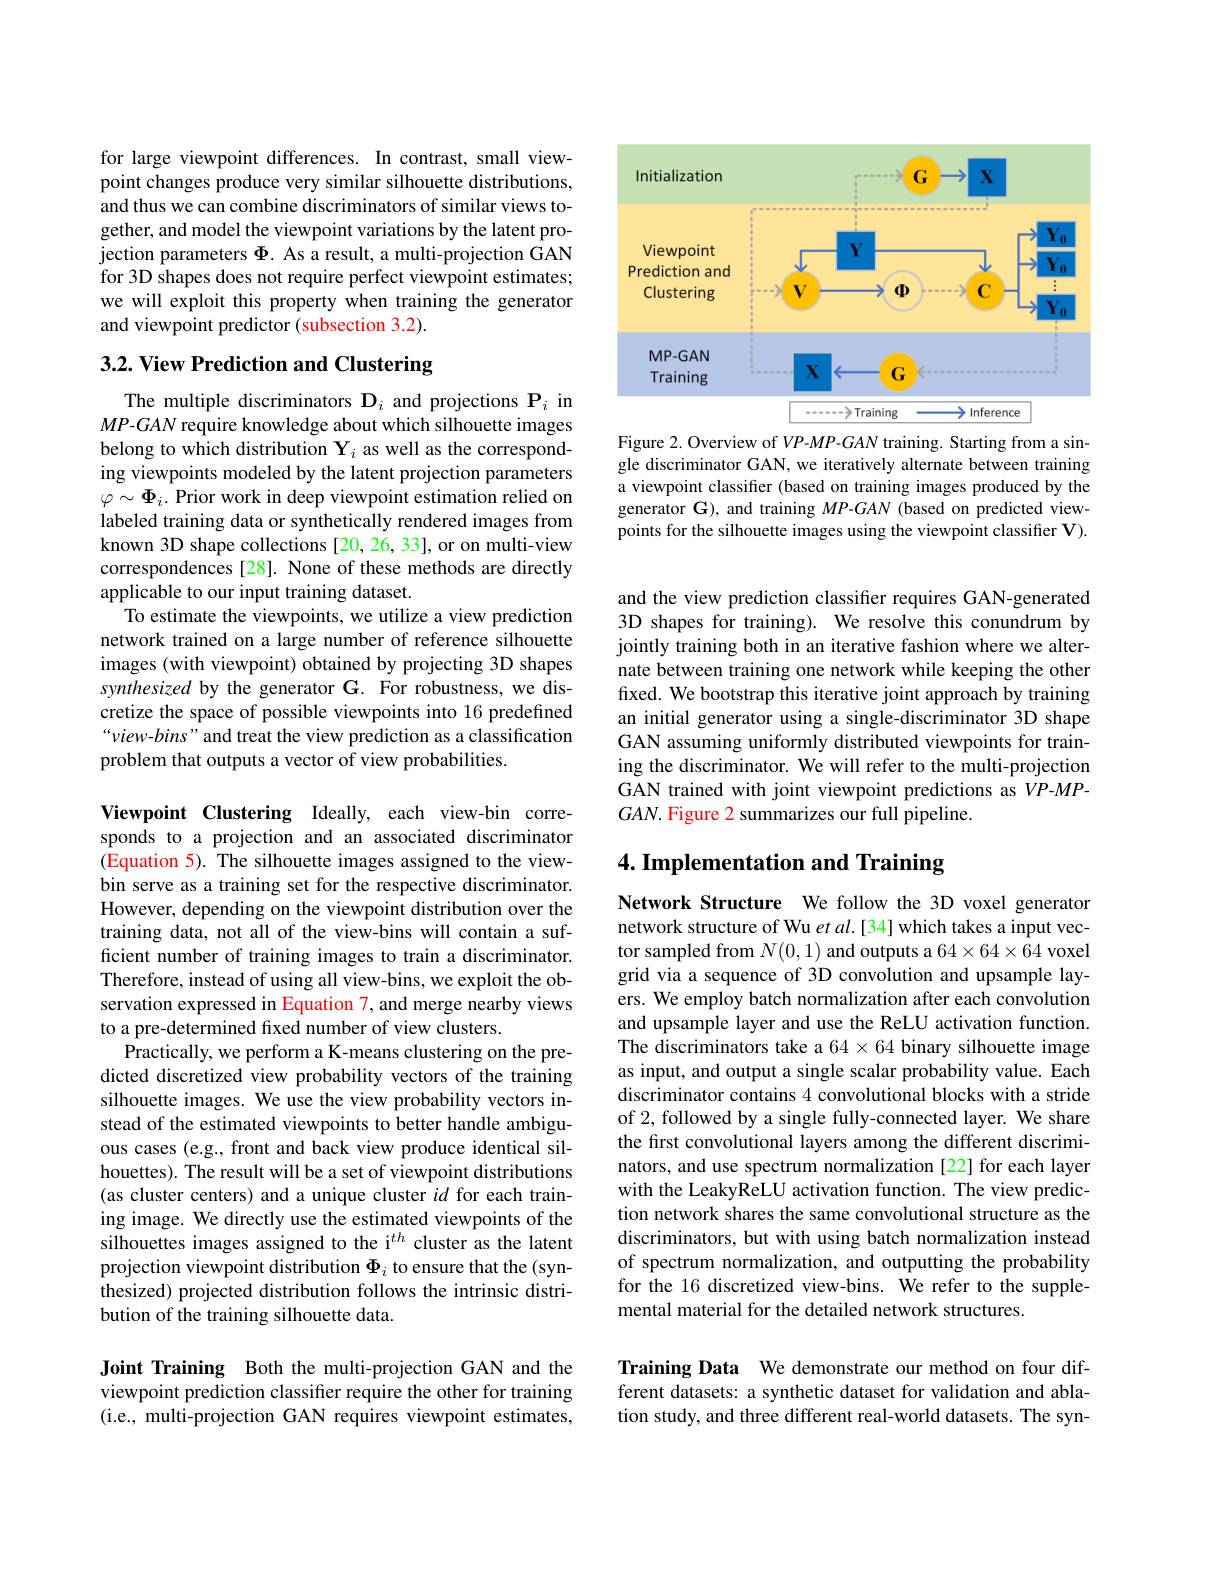
for large viewpoint differences. In contrast, small viewpoint changes produce very similar silhouette distributions, and thus we can combine discriminators of similar views together, and model the viewpoint variations by the latent projection parameters $\Phi$. As a result, a multi-projection GAN for 3D shapes does not require perfect viewpoint estimates; we will exploit this property when training the generator and viewpoint predictor (subsection 3.2).

## 3.2. View Prediction and Clustering

The multiple discriminators $\mathbf{D}_i$ and projections $\mathbf{P}_i$ in $MP$-GAN require knowledge about which silhouette images belong to which distribution $\mathbf{Y}_i$ as well as the corresponding viewpoints modeled by the latent projection parameters $\varphi\sim\Phi_{i}.$ Prior work in deep viewpoint estimation relied on labeled training data or synthetically rendered images from known 3D shape collections [20,26,33], or on multi-view correspondences [28]. None of these methods are directly applicable to our input training dataset.
To estimate the viewpoints, we utilize a view prediction network trained on a large number of reference silhouette images (with viewpoint) obtained by projecting 3D shapes synthesized by the generator G. For robustness, we discretize the space of possible viewpoints into 16 predefined “view-bins”and treat the view prediction as a classification problem that outputs a vector of view probabilities.

Viewpoint Clustering Ideally, each view-bin corresponds to a projection and an associated discriminator (Equation 5). The silhouette images assigned to the viewbin serve as a training set for the respective discriminator. However, depending on the viewpoint distribution over the training data, not all of the view-bins will contain a sufficient number of training images to train a discriminator. Therefore, instead of using all view-bins, we exploit the observation expressed in Equation 7, and merge nearby views to a pre-determined fixed number of view clusters.
Practically, we perform a K-means clustering on the predicted discretized view probability vectors of the training silhouette images. We use the view probability vectors instead of the estimated viewpoints to better handle ambiguous cases (e.g., front and back view produce identical silhouettes). The result will be a set of viewpoint distributions (as cluster centers) and a unique cluster $id$ for each training image. We directly use the estimated viewpoints of the silhouettes images assigned to the i$^{th}$ cluster as the latent projection viewpoint distribution $\Phi_i$ to ensure that the (synthesized) projected distribution follows the intrinsic distribution of the training silhouette data.

Joint Training Both the multi-projection GAN and the viewpoint prediction classifier require the other for training (i.e., multi-projection GAN requires viewpoint estimates,

<FigureHere>

Figure 2. Overview of VP-MP-GAN training. Starting from a single discriminator GAN, we iteratively alternate between training a viewpoint classifier (based on training images produced by the generator G), and training $MP$-$GAN$ (based on predicted viewpoints for the silhouette images using the viewpoint classifier V).

and the view prediction classifier requires GAN-generated 3D shapes for training). We resolve this conundrum by jointly training both in an iterative fashion where we alternate between training one network while keeping the other fixed. We bootstrap this iterative joint approach by training an initial generator using a single-discriminator 3D shape GAN assuming uniformly distributed viewpoints for training the discriminator. We will refer to the multi-projection GAN trained with joint viewpoint predictions as VP-MP- $GAN.$ Figure 2 summarizes our full pipeline.

# 4. Implementation and Training

Network Structure We follow the 3D voxel generator network structure of Wu et al.[34] which takes a input vector sampled from $N(0,1)$ and outputs a $64\times64\times64$ voxel grid via a sequence of 3D convolution and upsample layers. We employ batch normalization after each convolution and upsample layer and use the ReLU activation function. The discriminators take a 64 $\times64$ binary silhouette image as input, and output a single scalar probability value. Each discriminator contains 4 convolutional blocks with a stride of 2, followed by a single fully-connected layer. We share the first convolutional layers among the different discriminators, and use spectrum normalization [22] for each layer with the LeakyReLU activation function. The view prediction network shares the same convolutional structure as the discriminators, but with using batch normalization instead of spectrum normalization, and outputting the probability for the 16 discretized view-bins. We refer to the supplemental material for the detailed network structures.

Training Data We demonstrate our method on four different datasets: a synthetic dataset for validation and ablation study, and three different real-world datasets. The syn-